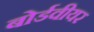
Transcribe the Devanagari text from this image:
बोर्डवीयर